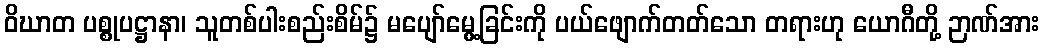
ဝိဃာတ ပစ္စုပဋ္ဌာနာ၊ သူတစ်ပါးစည်းစိမ်၌ မပျော်မွေ့ခြင်းကို ပယ်ဖျောက်တတ်သော တရားဟု ယောဂီတို့ ဉာဏ်အား